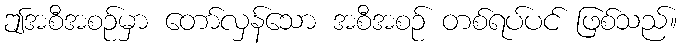
ဤအစီအစဉ်မှာ တော်လှန်သော အစီအစဉ် တစ်ရပ်ပင် ဖြစ်သည်။